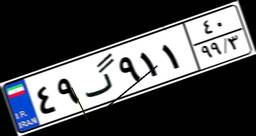
۴۹گ۹۱۱۴۰